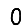
Digit: 0